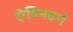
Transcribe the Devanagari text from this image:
ऐडिनबर्ग